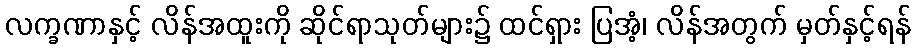
လက္ခဏာနှင့် လိန်အထူးကို ဆိုင်ရာသုတ်များ၌ ထင်ရှား ပြအံ့၊ လိန်အတွက် မှတ်နှင့်ရန်